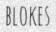
BLOKES